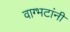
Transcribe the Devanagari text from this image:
वाग्भटांनी